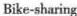
Bike-sharing